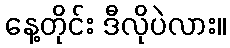
နေ့တိုင်း ဒီလိုပဲလား။